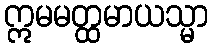
ဣမမတ္ထမာယသ္မာ